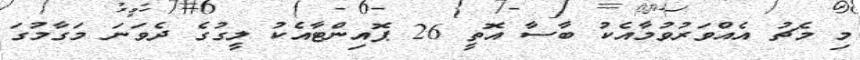
މި މެޗު އެއްވަރުވުމާއެކު ބާސާ އޮތީ 26 ޕޮއިންޓާއެކު ލީގުގެ ދެވަނަ މަގާމުގަ